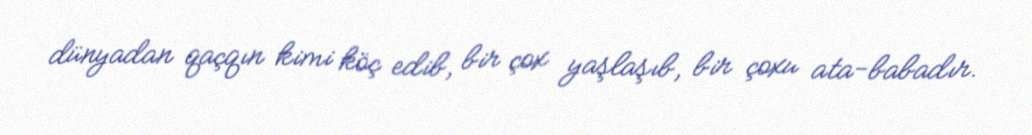
dünyadan qaçqın kimi köç edib, bir çox yaşlaşıb, bir çoxu ata-babadır.